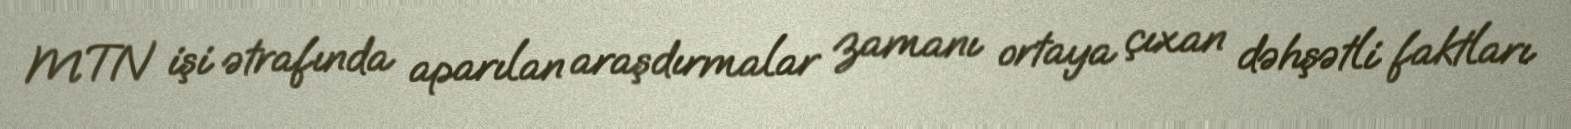
MTN işi ətrafında aparılan araşdırmalar zamanı ortaya çıxan dəhşətli faktları